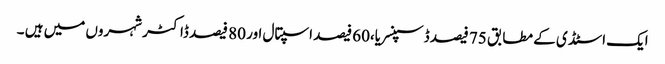
ایک اسٹڈی کے مطابق 75 فیصد ڈسپنسریا،60 فیصد اسپتال اور 80 فیصد ڈاکٹر شہروں میں ہیں ۔